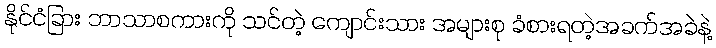
နိုင်ငံခြား ဘာသာစကားကို သင်တဲ့ ကျောင်းသား အများစု ခံစားရတဲ့အခက်အခဲနဲ့